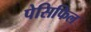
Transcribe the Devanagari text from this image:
पेसिफिल